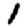
Digit: 1